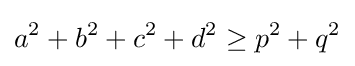
a^{2}+b^{2}+c^{2}+d^{2}\geq p^{2}+q^{2}